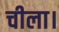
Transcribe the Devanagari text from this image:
चीला।